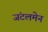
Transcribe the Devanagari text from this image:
जंटलमेन